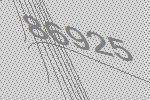
86925